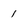
Character: 1